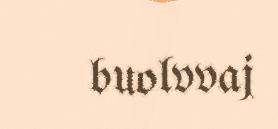
buolvvaj